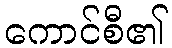
ကောင်စီ၏